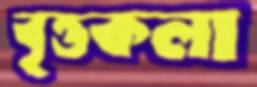
বৃত্তকলা